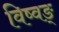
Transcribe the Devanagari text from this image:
विष्वङ्